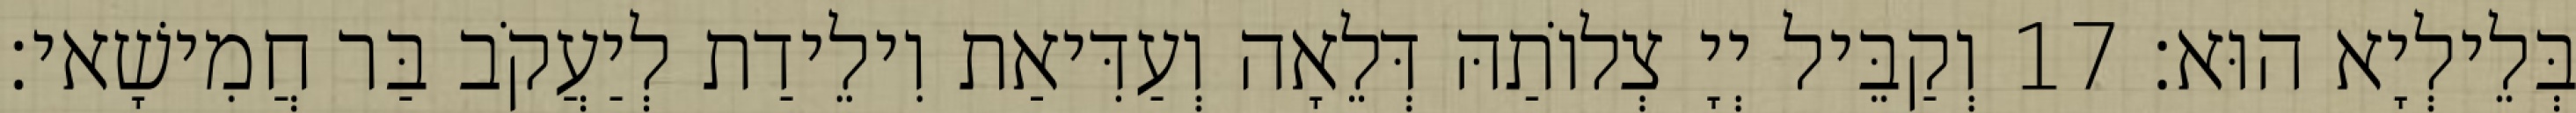
בְּלֵילְיָא הוּא׃ 17 וְקַבֵּיל יְיָ צְלוֹתַהּ דְּלֵאָה וְעַדִּיאַת וִילֵידַת לְיַעֲקֹב בַּר חֲמִישָׁאי׃